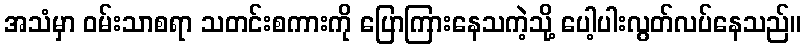
အသံမှာ ဝမ်းသာစရာ သတင်းစကားကို ပြောကြားနေသကဲ့သို့ ပေါ့ပါးလွတ်လပ်နေသည်။